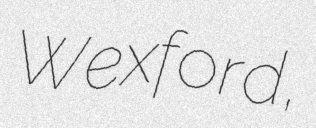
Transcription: Wexford,